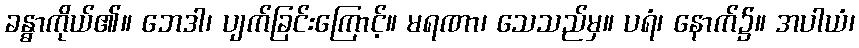
ခန္ဓာကိုယ်၏။ ဘေဒါ၊ ပျက်ခြင်းကြောင့်။ မရဏာ၊ သေသည်မှ။ ပရံ၊ နောက်၌။ အပါယံ၊